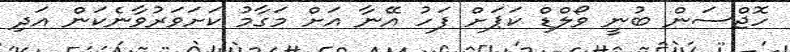
ހޮޖްސަން ބުނީ ވޯލްޑް ކަޕަށް ފަހު އޭނާ އަށް މަގާމު ކަށަވަރުވާނެކަން އަދި